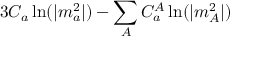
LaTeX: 3 C _ { a } \ln ( | m _ { a } ^ { 2 } | ) - \sum _ { A } C _ { a } ^ { A } \ln ( | m _ { A } ^ { 2 } | )